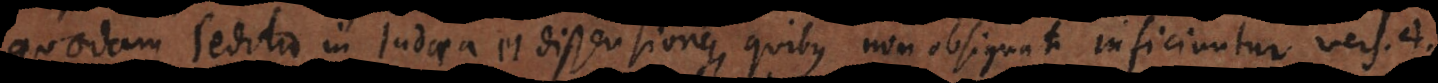
quaedam seditio in Judaea et dissensiones, quibus non obsignati inficiuntur vers. 4.